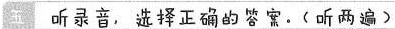
五听录音,选择正确的答.〈 听两遍)